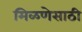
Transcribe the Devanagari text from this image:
मिळणेसाठी